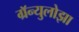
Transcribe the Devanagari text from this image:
ग्रॅन्युलोझा